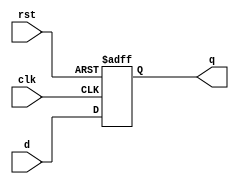
module Register #(parameter size=5)(d, clk, rst, q);
   input      [size-1:0] d;
   input      clk, rst;
   output     [size-1:0] q;
   reg        [size-1:0] q;
    // Register with active-high clock & asynchronous clear
   always @ (posedge clk or posedge rst) begin
      if (rst)
         q <= 0;
      else
         q <= d;
   end
endmodule